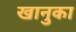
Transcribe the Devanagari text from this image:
खानुका